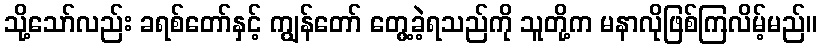
သို့သော်လည်း ခရစ်တော်နှင့် ကျွန်တော် တွေ့ခဲ့ရသည်ကို သူတို့က မနာလိုဖြစ်ကြလိမ့်မည်။